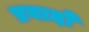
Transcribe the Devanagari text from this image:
प्रवादों